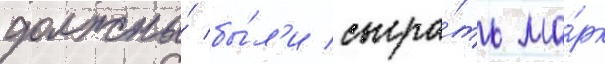
должны́ бы́л'и сыгра́ть ма́рк